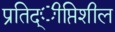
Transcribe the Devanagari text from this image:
प्रतिद्ीप्तिशील